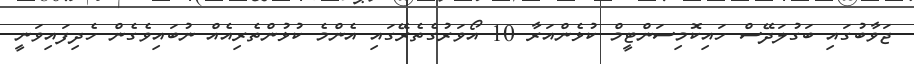
ޖަވާބުގައި ބަގުލަދޭސް ހައިކޮމިސަންޓީމް ކުޅެންއަރާ 10 އޯވަރުގެތެރޭގައި އެންމެ ކުޅުންތެރިއެއް ނުބައިވެގެން ހެދިފައިވަނީ